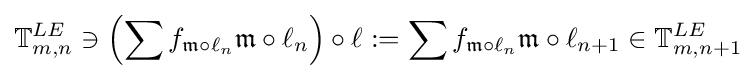
\mathbb {T} _{m,n}^{LE}\ni \left(\sum f_{{\mathfrak {m}}\circ \ell _{n}}{\mathfrak {m}}\circ \ell _{n}\right)\circ \ell :=\sum f_{{\mathfrak {m}}\circ \ell _{n}}{\mathfrak {m}}\circ \ell _{n+1}\in \mathbb {T} _{m,n+1}^{LE}